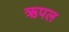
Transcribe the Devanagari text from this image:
ऋपल